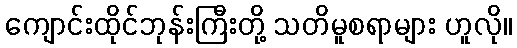
ကျောင်းထိုင်ဘုန်းကြီးတို့ သတိမူစရာများ ဟူလို။